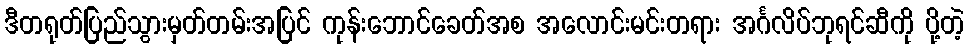
ဒီတရုတ်ပြည်သွားမှတ်တမ်းအပြင် ကုန်းဘောင်ခေတ်အစ အလောင်းမင်းတရား အင်္ဂလိပ်ဘုရင်ဆီကို ပို့တဲ့